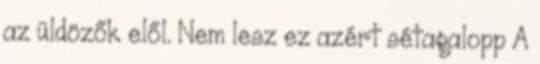
az üldözők elől. Nem lesz ez azért sétagalopp A